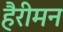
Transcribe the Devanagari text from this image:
हैरीमन